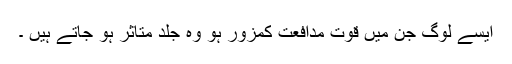
ایسے لوگ جن میں قوت مدافعت کمزور ہو وہ جلد متاثر ہو جاتے ہیں ۔